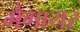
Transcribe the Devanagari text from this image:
मैगायर